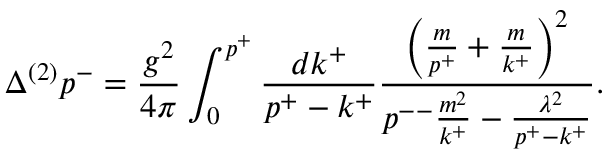
\Delta ^ { ( 2 ) } p ^ { - } = \frac { g ^ { 2 } } { 4 \pi } \int _ { 0 } ^ { p ^ { + } } \frac { d k ^ { + } } { p ^ { + } - k ^ { + } } \frac { \left( \frac { m } { p ^ { + } } + \frac { m } { k ^ { + } } \right) ^ { 2 } } { p ^ { -- } \frac { m ^ { 2 } } { k ^ { + } } - \frac { \lambda ^ { 2 } } { p ^ { + } - k ^ { + } } } .